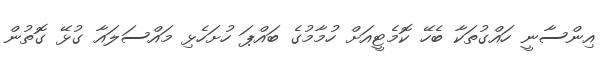
އިންސާނީ ހައްގުތަކާ ބެހޭ ކޮމެޓީއަށް ހުމާމުގެ ބައްޕަ ހުށަހެޅި މައްސަލައާ ގުޅޭ ގޮތުން